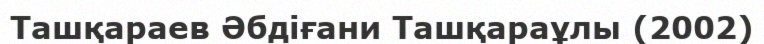
Ташқараев Әбдіғани Ташқараұлы (2002)